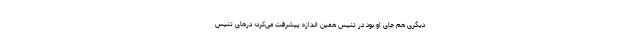
دیگری هم جای او بود در تنیس همین اندازه پیشرفت می‌کرد؛ درهای تنیس